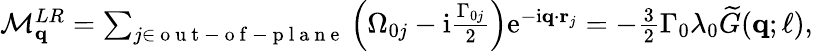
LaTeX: \begin{array}{r}{\mathcal{M}_{\mathbf{q}}^{LR}=\sum_{j\in\mathrm{~o~u~t~-~o~f~-~p~l~a~n~e~}}\left(\Omega_{0j}-\mathrm{i}\frac{\Gamma_{0j}}{2}\right)\mathrm{e}^{-\mathrm{i}\mathbf{q}\cdot\mathbf{r}_{j}}=-\frac{3}{2}\Gamma_{0}\lambda_{0}\widetilde G(\mathbf{q};\ell),}\end{array}